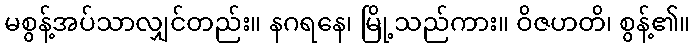
မစွန့်အပ်သာလျှင်တည်း။ နဂရနေ၊ မြို့သည်ကား။ ဝိဇဟတိ၊ စွန့်၏။